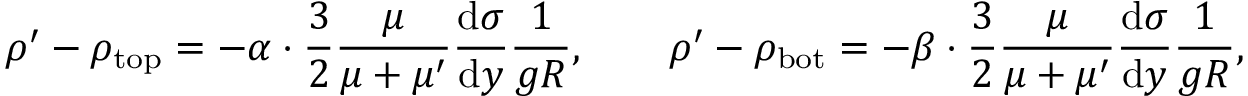
\rho ^ { \prime } - \rho _ { \mathrm { t o p } } = - \alpha \cdot \frac { 3 } { 2 } \frac { \mu } { \mu + \mu ^ { \prime } } \frac { \mathrm { d } \sigma } { \mathrm { d } y } \frac { 1 } { g R } , \quad \quad \rho ^ { \prime } - \rho _ { \mathrm { b o t } } = - \beta \cdot \frac { 3 } { 2 } \frac { \mu } { \mu + \mu ^ { \prime } } \frac { \mathrm { d } \sigma } { \mathrm { d } y } \frac { 1 } { g R } ,